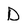
Character: D